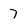
Character: 7